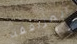
المرافقة